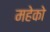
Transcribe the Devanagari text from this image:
महेको